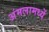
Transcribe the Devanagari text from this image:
अंमलामध्यें